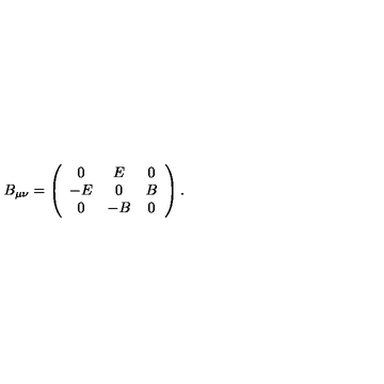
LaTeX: B _ { \mu \nu } = \left( \begin{array} { c c c } { 0 } & { E } & { 0 } \\ { - E } & { 0 } & { B } \\ { 0 } & { - B } & { 0 } \\ \end{array} \right) .